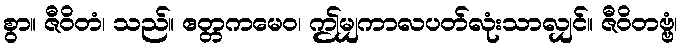
စွာ။ ဇီဝိတံ၊ သည်။ ဧတ္တကမေဝ၊ ဤမျှကာလပတ်လုံးသာလျှင်။ ဇီဝိတဗ္ဗံ၊